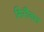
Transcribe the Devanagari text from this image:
सिलैबल